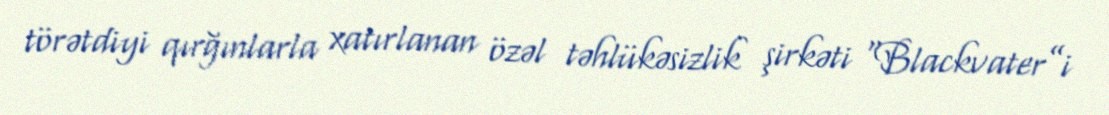
törətdiyi qırğınlarla xatırlanan özəl təhlükəsizlik şirkəti “Blackvater”i